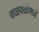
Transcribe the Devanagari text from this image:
चळवळींमध्यें